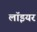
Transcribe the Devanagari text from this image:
लॉइयर